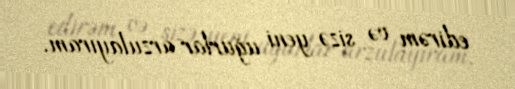
edirəm və sizə yeni uğurlar arzulayıram.